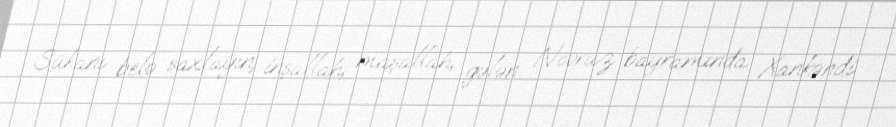
Sükanı belə saxlayın, inşallah, maşallah, gələn Novruz bayramında Xankəndi